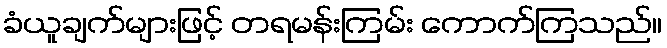
ခံယူချက်များဖြင့် တရမန်းကြမ်း ကောက်ကြသည်။